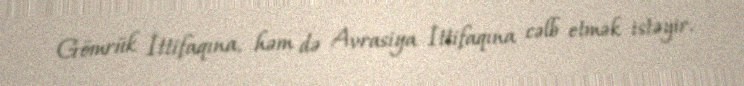
Gömrük İttifaqına, həm də Avrasiya İttifaqına cəlb etmək istəyir.